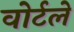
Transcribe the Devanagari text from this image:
वोर्टले